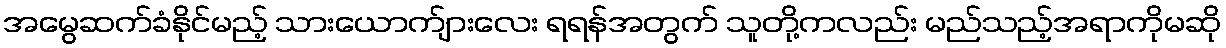
အမွေဆက်ခံနိုင်မည့် သားယောက်ျားလေး ရရန်အတွက် သူတို့ကလည်း မည်သည့်အရာကိုမဆို